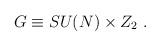
LaTeX: \begin{align*}G\equiv SU(N) \times Z_2 \ . \end{align*}